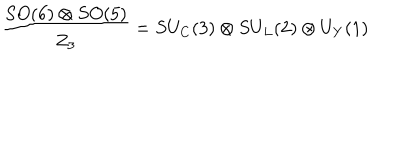
LaTeX: \frac { S O ( 6 ) \otimes S O ( 5 ) } { Z _ { 3 } } = S U _ { C } ( 3 ) \otimes S U _ { L } ( 2 ) \otimes U _ { Y } ( 1 )